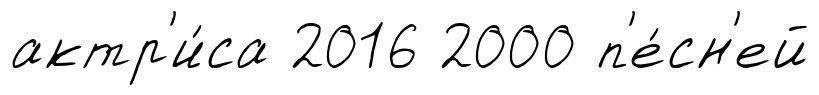
актр'и́са 2016 2000 п'е́сн'ей